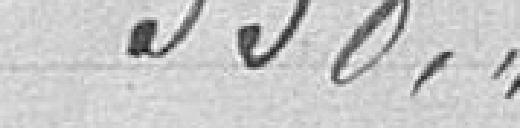
338 francs